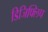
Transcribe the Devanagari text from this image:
डिजिफ्लिप